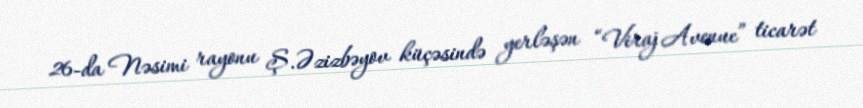
26-da Nəsimi rayonu Ş.Əzizbəyov küçəsində yerləşən “Viraj Avenue” ticarət